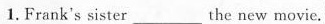
1.Frank's sister___the new movie.